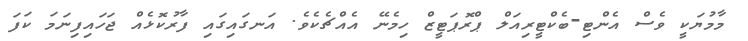
މާމުޔަކީ ވެސް އެންޓި-ބެކްޓީރިއަލް ޕްރޮޕަޓީޒް ހިމެނޭ އެއްޗެކެވެ. އަނގައިގައި ފާރުކޮޅެއް ޖަހައިފިނަމަ ކަފަ